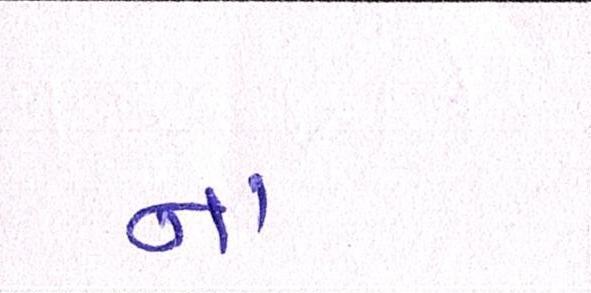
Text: ના